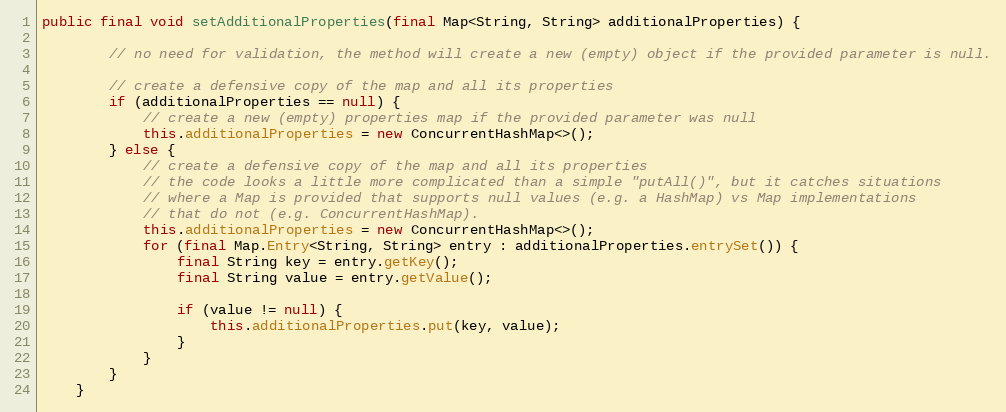
Language: Java
public final void setAdditionalProperties(final Map<String, String> additionalProperties) {

        // no need for validation, the method will create a new (empty) object if the provided parameter is null.

        // create a defensive copy of the map and all its properties
        if (additionalProperties == null) {
            // create a new (empty) properties map if the provided parameter was null
            this.additionalProperties = new ConcurrentHashMap<>();
        } else {
            // create a defensive copy of the map and all its properties
            // the code looks a little more complicated than a simple "putAll()", but it catches situations
            // where a Map is provided that supports null values (e.g. a HashMap) vs Map implementations
            // that do not (e.g. ConcurrentHashMap).
            this.additionalProperties = new ConcurrentHashMap<>();
            for (final Map.Entry<String, String> entry : additionalProperties.entrySet()) {
                final String key = entry.getKey();
                final String value = entry.getValue();

                if (value != null) {
                    this.additionalProperties.put(key, value);
                }
            }
        }
    }